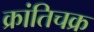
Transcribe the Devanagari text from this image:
क्रांतिचक्र